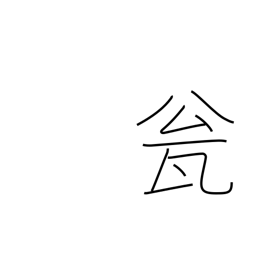
Meaning: jug